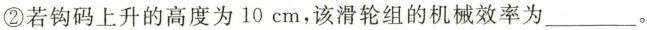
②若钩码上升的高度为10cm，该滑轮组的机械效率为___。